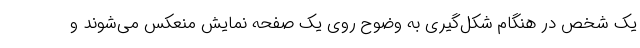
یک شخص در هنگام شکل‌گیری به وضوح روی یک صفحه نمایش منعکس می‌شوند و